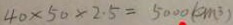
4 0 \times 5 0 \times 2 . 5 = 5 0 0 0 ( c m ^ { 3 } )